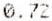
0.72